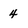
Character: 4